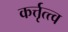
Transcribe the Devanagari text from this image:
कर्त्तृत्त्व